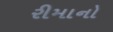
રીમાનો